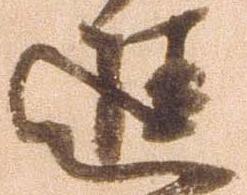
進